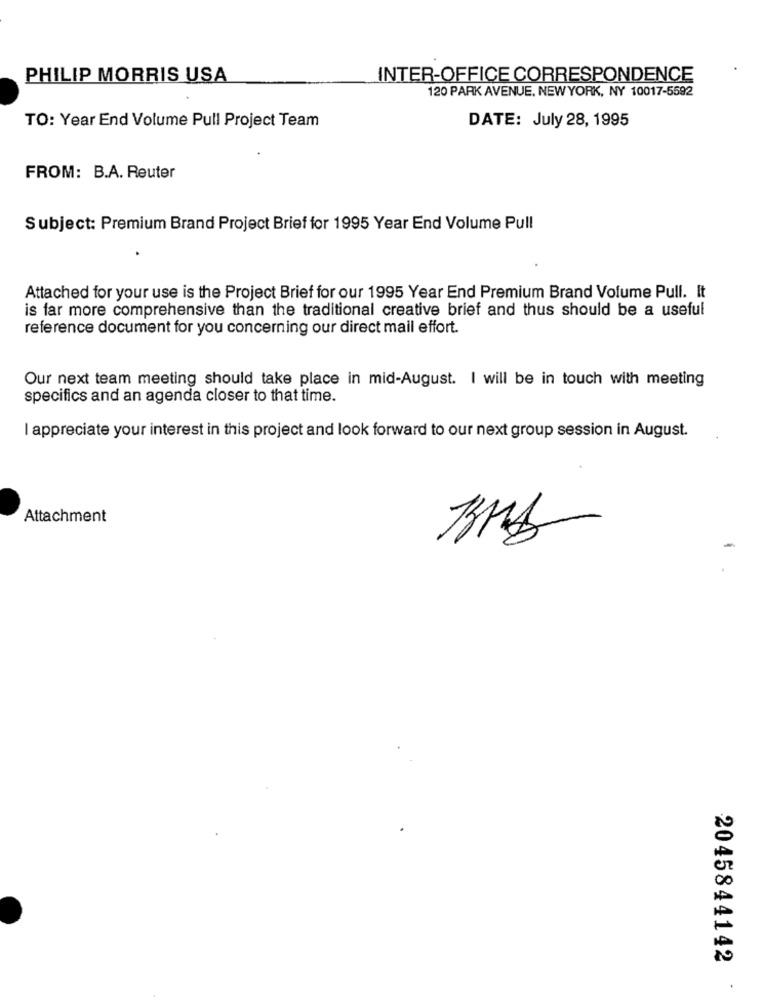
PHILIP MORRIS USA
INTER-OFFICE CORRESPONDENCE
120 PARK AVENUE, NEW YORK, NY 10017-5592
TO: Year End Volume Pull Project Team
DATE: July 28, 1995
FROM: B.A. Reuter
Subject: Premium Brand Project Brief for 1995 Year End Volume Pull
Attached for your use is the Project Brief for our 1995 Year End Premium Brand Volume Pull. It
is far more comprehensive than the traditional creative brief and thus should be a useful
reference document for you concerning our direct mail effort.
Our next team meeting should take place in mid-August. I will be in touch with meeting
specifics and an agenda closer to that time.
I appreciate your interest in this project and look forward to our next group session in August.
Attachment
2045844142